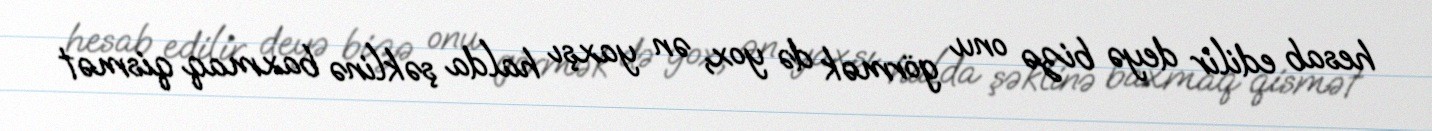
hesab edilir deyə bizə onu görmək də yox, ən yaxşı halda şəklinə baxmaq qismət